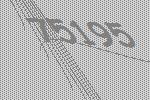
75195